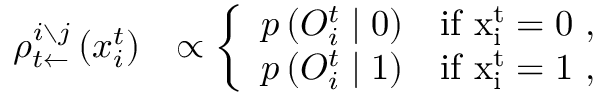
\begin{array} { r l } { \rho _ { t \leftarrow } ^ { i \setminus j } \left( x _ { i } ^ { t } \right) } & { \propto \left\{ \begin{array} { l l } { p \left( O _ { i } ^ { t } \mid 0 \right) } & { \mathrm { i f ~ x _ i ^ t = 0 ~ } , } \\ { p \left( O _ { i } ^ { t } \mid 1 \right) } & { \mathrm { i f ~ x _ i ^ t = 1 ~ } , } \end{array} \right. } \end{array}